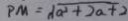
P M = \sqrt { a ^ { 2 } + 2 a + 2 }